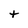
Character: t